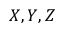
X , Y , Z